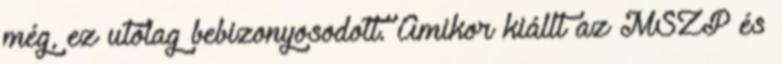
még, ez utólag bebizonyosodott. Amikor kiállt az MSZP és